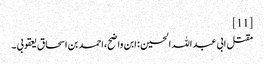
[11]
مقتل ابی عبد اللہ الحسین : ابن واضح،احمد بن اسحاق یعقوبی ۔